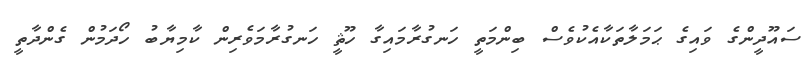
ސައޫދީންގެ ވައިގެ ޙަމަލާތަކާއެކުވެސް ބިންމަތީ ހަނގުރާމައިގާ ހޫޘީ ހަނގުރާމަވެރިން ކާމިޔާބު ހޯދަމުން ގެންދާތީ